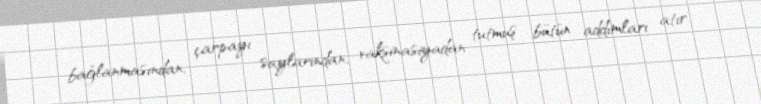
bağlanmasından, çarpayı saylarından, vaksinasiyadan tutmuş bütün addımları atır.